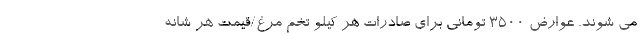
می شوند. عوارض ۳۵۰۰ تومانی برای صادرات هر کیلو تخم مرغ/قیمت هر شانه